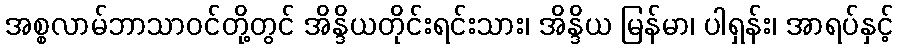
အစ္စလာမ်ဘာသာဝင်တို့တွင် အိန္ဒိယတိုင်းရင်းသား၊ အိန္ဒိယ မြန်မာ၊ ပါရှန်း၊ အာရပ်နှင့်